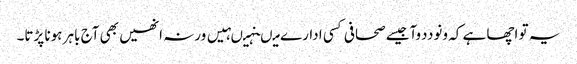
یہ تو اچھا ہے کہ ونوددوآجیسے صحافی کسی ادارے میںنہیںہیں ورنہ انھیں بھی آج باہر ہونا پڑتا۔